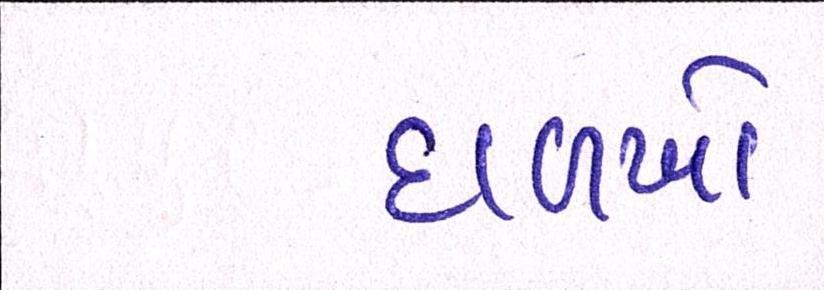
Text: દાળખો